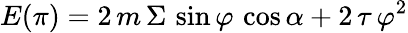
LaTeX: E(\pi)=2\, m\, \Sigma\, \sin\varphi\, \cos\alpha+2\, \tau\, \varphi^{2}